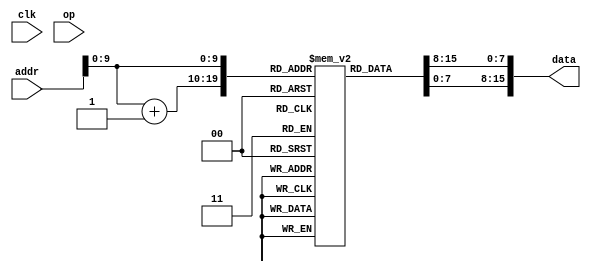
`define READ 1'b0
`define WRITE 1'b1

/* simulation model; not for synthesis */
module Memory (clk, op, addr, data);
	input clk;
	input op; // READ or WRITE
	input [15:0] addr;
	output [15:0] data;
	wire [15:0] data;

	/* array in Verilog; simulation only */
	reg [7:0] mem [0:1000]; // 1000 entries of 8-bit entry
	
	/* Read */
	assign data = {mem[addr], mem[addr+1]};
	
endmodule